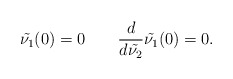
\begin{align*} \tilde{\nu_1}(0)=0\qquad\frac{d}{d\tilde{\nu_2}}\tilde{\nu_1}(0)=0. \end{align*}